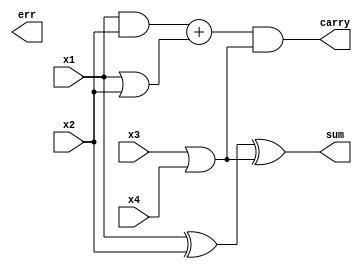
module cprs_4_2_apx3  (
input x1,
input x2,
input x3,
input x4,
output carry,
output sum,
output err
);

wire x1_xor_x2 ,x3_or_x4 ,x1_and_x2,x1_or_x2;

assign x1_xor_x2 = x1 ^ x2;
assign x1_and_x2 = x1 & x2;
assign x1_or_x2 = x1 | x2;
assign x3_or_x4 = x3 | x4;

assign err = x3_and_x4;
assign sum = x1_xor_x2 ^ x3_or_x4;
assign carry = x1_and_x2 + x1_or_x2 & x3_or_x4;

endmodule